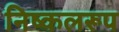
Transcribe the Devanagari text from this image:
निष्कलरूप